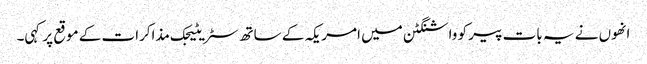
انھوں نے یہ بات پیر کو واشنگٹن میں امریکہ کے ساتھ سٹریٹیجک مذاکرات کے موقع پر کہی۔